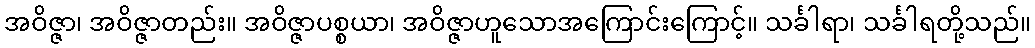
အဝိဇ္ဇာ၊ အဝိဇ္ဇာတည်း။ အဝိဇ္ဇာပစ္စယာ၊ အဝိဇ္ဇာဟူသောအကြောင်းကြောင့်။ သင်္ခါရာ၊ သင်္ခါရတို့သည်။